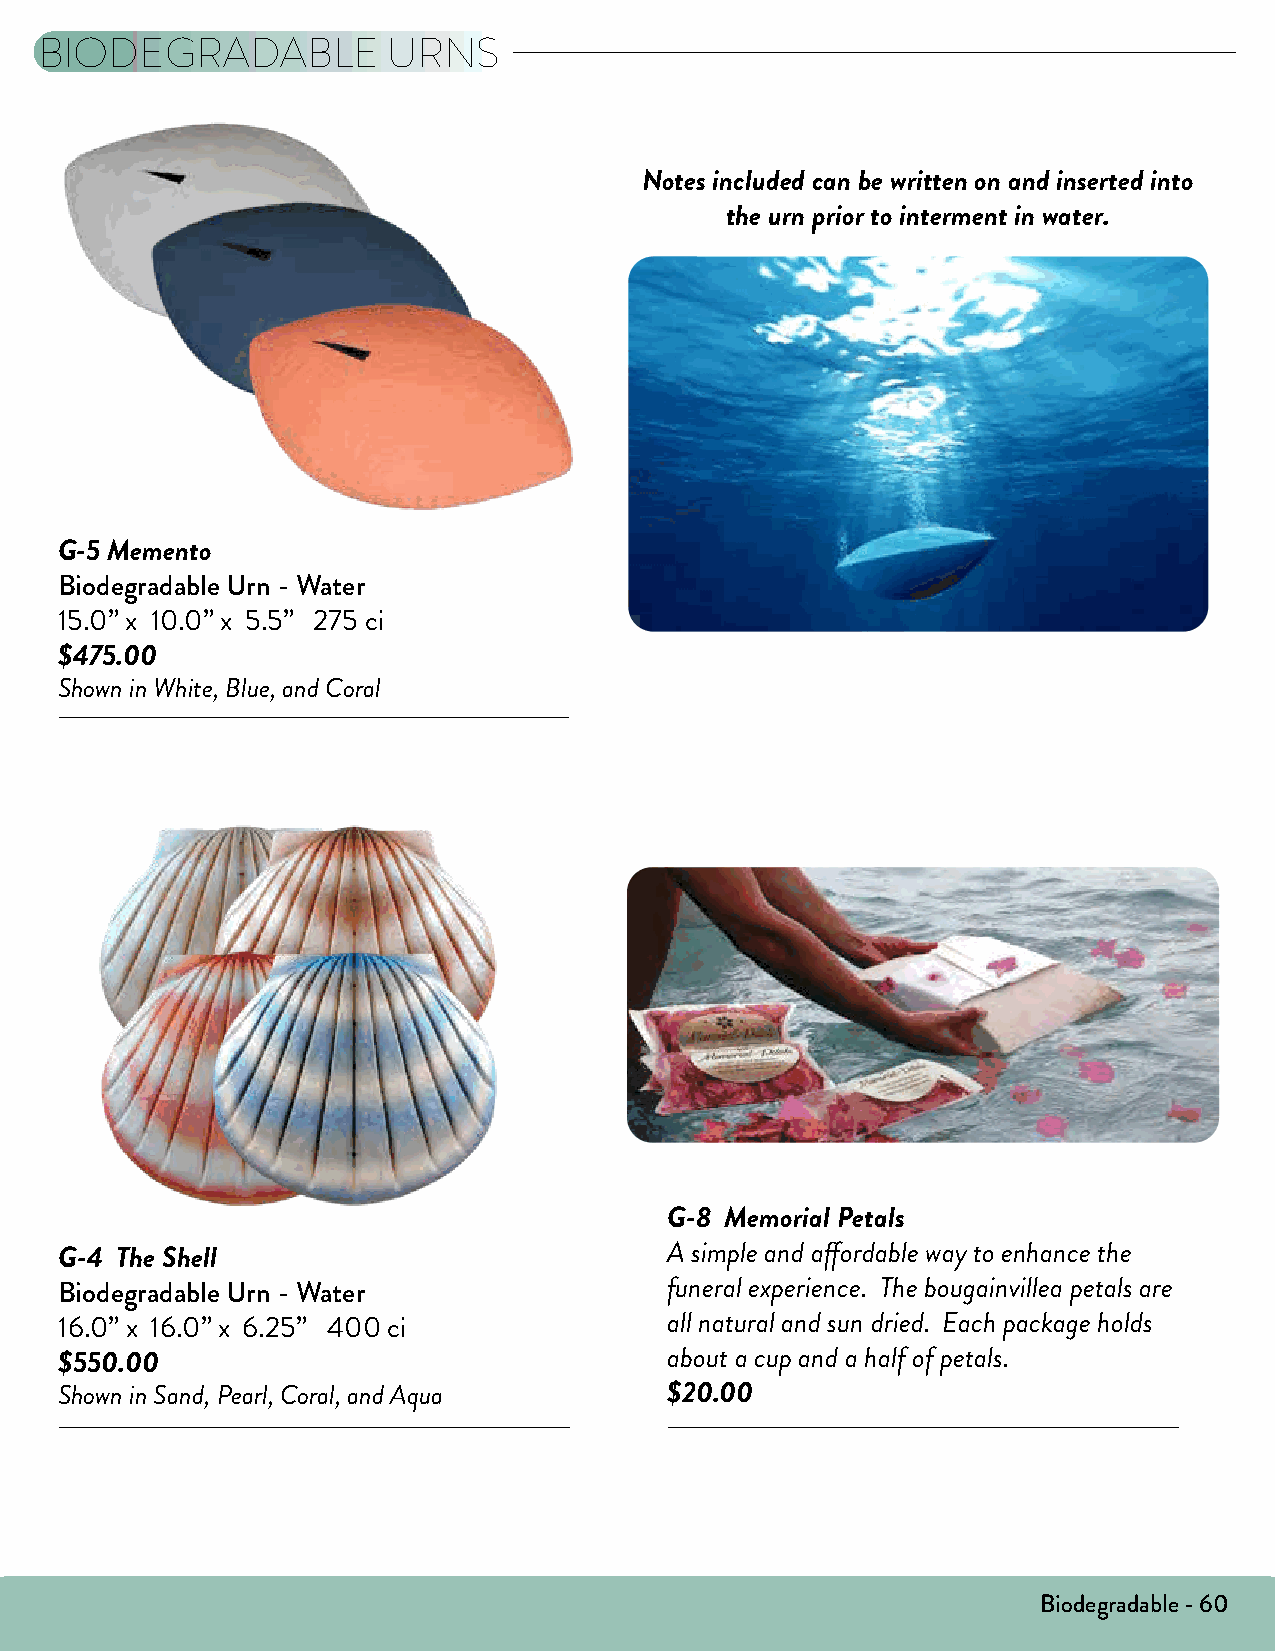
BIODEGRADABLE           URNS
 Notes included can be written on and inserted into
 the urn prior to interment in water.
 G-5 Memento
 Biodegradable Urn - Water
 15.0” x 10.0” x 5.5” 275 ci
 $475.00
 Shown in White, Blue, and Coral
 G-8 Memorial Petals
 G-4 The Shell                           A simple and affordable way to enhance the
 Biodegradable Urn - Water               funeral experience. The bougainvillea petals are
 16.0” x 16.0” x 6.25” 400 ci            all natural and sun dried. Each package holds
 $550.00                                 about a cup and a half of petals.
 Shown in Sand, Pearl, Coral, and Aqua   $20.00
 Biodegradable - 60